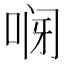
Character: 𱒸